Leaving Certificate, 1897
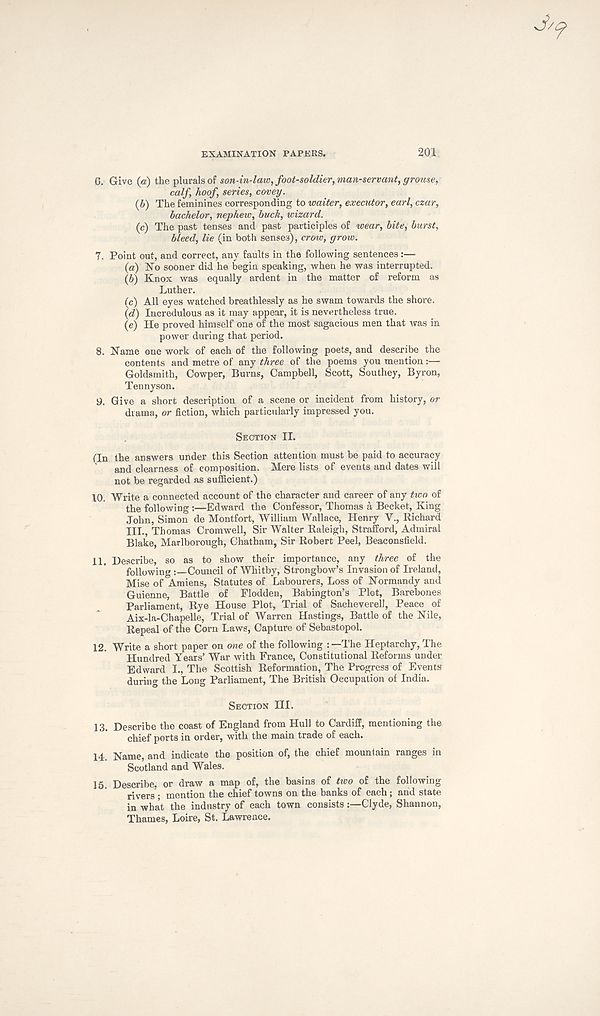
EXAMINATION PAPERS.
201
6. Give (a) the plurals of son-in-law, foot-soldier, man-servant, grouse,
calf, hoof, series, covey.
(b) The feminines corresponding to waiter, executor, earl, czar,
bachelor, nephew, buck, wizard.
(c) The past tenses and past participles of wear, bite, burst,
bleed, lie (in both senses), crow, grow.
7. Point out, and correct, any faults in the following sentences:—
(а) No sooner did he begin speaking, when he was interrupted.
(б) Knox was equally ardent in the matter of reform as
Luther.
(c) All eyes watched breathlessly as he swam towards the shore.
(d) Incredulous as it may appear, it is nevertheless true.
(e) He proved himself one of the most sagacious men that was in
power during that period.
8. Name one work of each of the following poets, and describe the
contents and metre of any three of the poems you mention:—
Goldsmith, Cowper, Burns, Campbell, Scott, Southey, Byron,
Tennyson.
9. Give a short description of a scene or incident from history, or
drama, or fiction, which particularly impressed you.
SECTION II.
(In the answers under this Section attention must be paid to accuracy
and clearness of composition. Mere lists of events and dates will
not be regarded as sufficient.)
10. Write a connected account of the character and career of any two of
the following :—Edward the Confessor, Thomas a Becket, King
John, Simon de Montfort, William Wallace, Henry V., Richard
HI., Thomas Cromwell, Sir Walter Raleigh, Strafford, Admiral
Blake, Marlborough, Chatham, Sir Robert Peel, Beaconsfield.
11. Describe, so as to show their importance, any three of the
following
Council of Whitby, Strongbow’s Invasion of Ireland,
Mise of Amiens, Statutes of Labourers, Loss of Normandy and
Guienne, Battle of Flodden, Babington’s Plot, Barebones
Parliament, Rye House Plot, Trial of Sacheverell, Peace of
Aix-la-Chapelle, Trial of Warren Hastings, Battle of the Nile,
Repeal of the Corn Laws, Capture of Sebastopol.
12. Write a short paper on one of the following : —The Heptarchy, The
Hundred Years’ War with France, Constitutional Reforms under
Edward I., The Scottish Reformation, The Progress of Events
during the Long Parliament, The British Occupation of India.
SECTION III.
13. Describe the coast of England from Hull to Cardiff, mentioning the
chief ports in order, with the main trade of each.
14. Name, and indicate the position of, the chief mountain ranges in
Scotland and Wales.
15. Describe, or draw a map of, the basins of tioo of the following
rivers ; mention the chief towns on the banks of each; and state
in what the industry of each town consists:—Clyde, Shannon,
Thames, Loire, St. Lawrence.